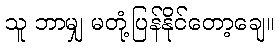
သူ ဘာမျှ မတုံ့ပြန်နိုင်တော့ချေ။